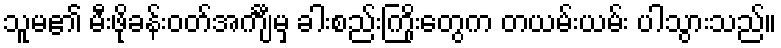
သူမ၏ မီးဖိုခန်းဝတ်အင်္ကျီမှ ခါးစည်းကြိုးတွေက တယမ်းယမ်း ပါသွားသည်။